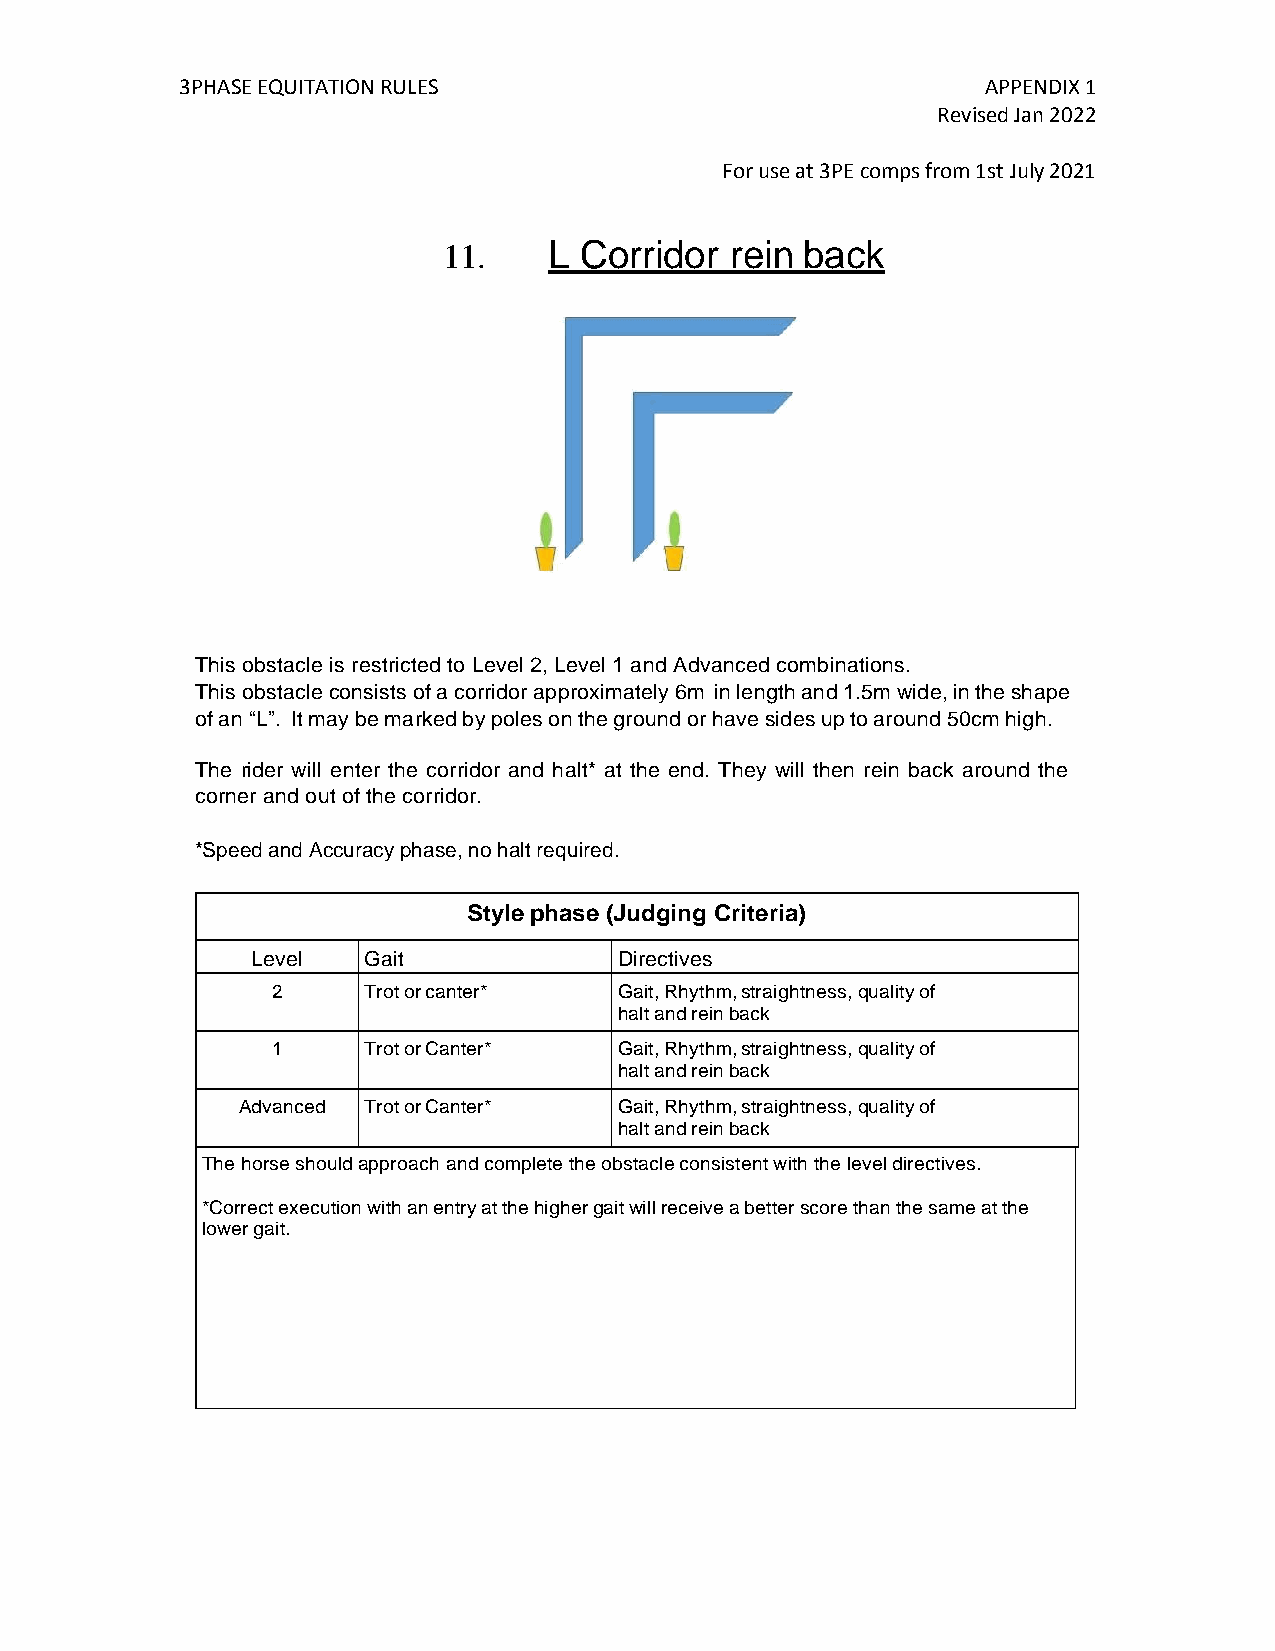
3PHASE EQUITATION RULES                              APPENDIX 1
 Revised Jan 2022
 For use at 3PE comps from 1st July 2021
 11.    L Corridor  rein back
 This obstacle is restricted to Level 2, Level 1 and Advanced combinations.
 This obstacle consists of a corridor approximately 6m in length and 1.5m wide, in the shape
 of an “L”. It may be marked by poles on the ground or have sides up to around 50cm high.
 The rider will enter the corridor and halt* at the end. They will then rein back around the
 corner and out of the corridor.
 *Speed and Accuracy phase, no halt required.
 Style phase (Judging Criteria)
 Level  Gait             Directives
 2     Trot or canter*  Gait, Rhythm, straightness, quality of
 halt and rein back
 1     Trot or Canter*  Gait, Rhythm, straightness, quality of
 halt and rein back
 Advanced Trot or Canter* Gait, Rhythm, straightness, quality of
 halt and rein back
 The horse should approach and complete the obstacle consistent with the level directives.
 *Correct execution with an entry at the higher gait will receive a better score than the same at the
 lower gait.